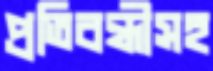
প্রতিবন্ধীসহ